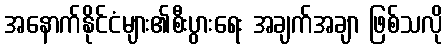
အနောက်နိုင်ငံများ၏စီးပွားရေး အချက်အချာ ဖြစ်သလို